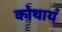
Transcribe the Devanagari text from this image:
कोथाय